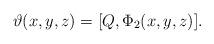
LaTeX: \begin{align*}\vartheta(x,y,z)=[Q,\Phi_2(x,y,z)].\end{align*}